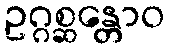
ဥဂ္ဂစ္ဆန္တောဝ